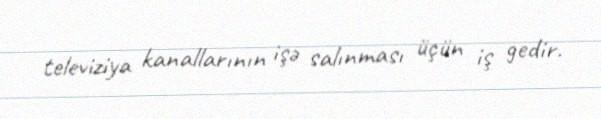
televiziya kanallarının işə salınması üçün iş gedir.